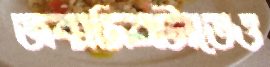
জন্মদিনটাতেও